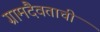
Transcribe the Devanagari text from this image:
ग्रामदैवताची